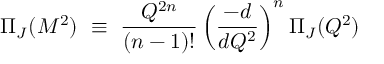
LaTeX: \Pi _ { J } ( M ^ { 2 } ) ~ \equiv ~ { \frac { Q ^ { 2 n } } { ( n - 1 ) ! } } \left( { \frac { - d } { d Q ^ { 2 } } } \right) ^ { n } \Pi _ { J } ( Q ^ { 2 } )